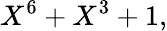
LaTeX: X^{6}+X^{3}+1,